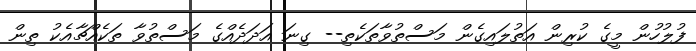
ފުލުހުން މީގެ ކުރިން އަތުލައިގެން މަސްތުވާތަކެތި-- ގިނަ އަދަދެއްގެ މަސްތުވާ ތަކެއްޗާއެކު ތިން